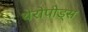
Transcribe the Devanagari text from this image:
थेरोपोड्स